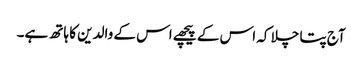
آج پتا چلا کہ اس کے پیچھے اس کے والدین کا ہاتھ ہے۔